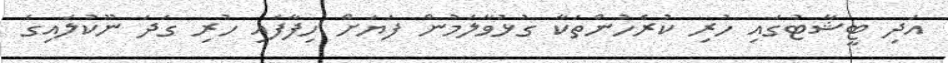
އަދި ޓީޝާޓުގައި ހުރި ކުރެހުންތަކާ ގުޅުވާލަމުން ފަޔަށް ހިފާފައި ހުރި ގަދަ ނޫކުލައިގެ